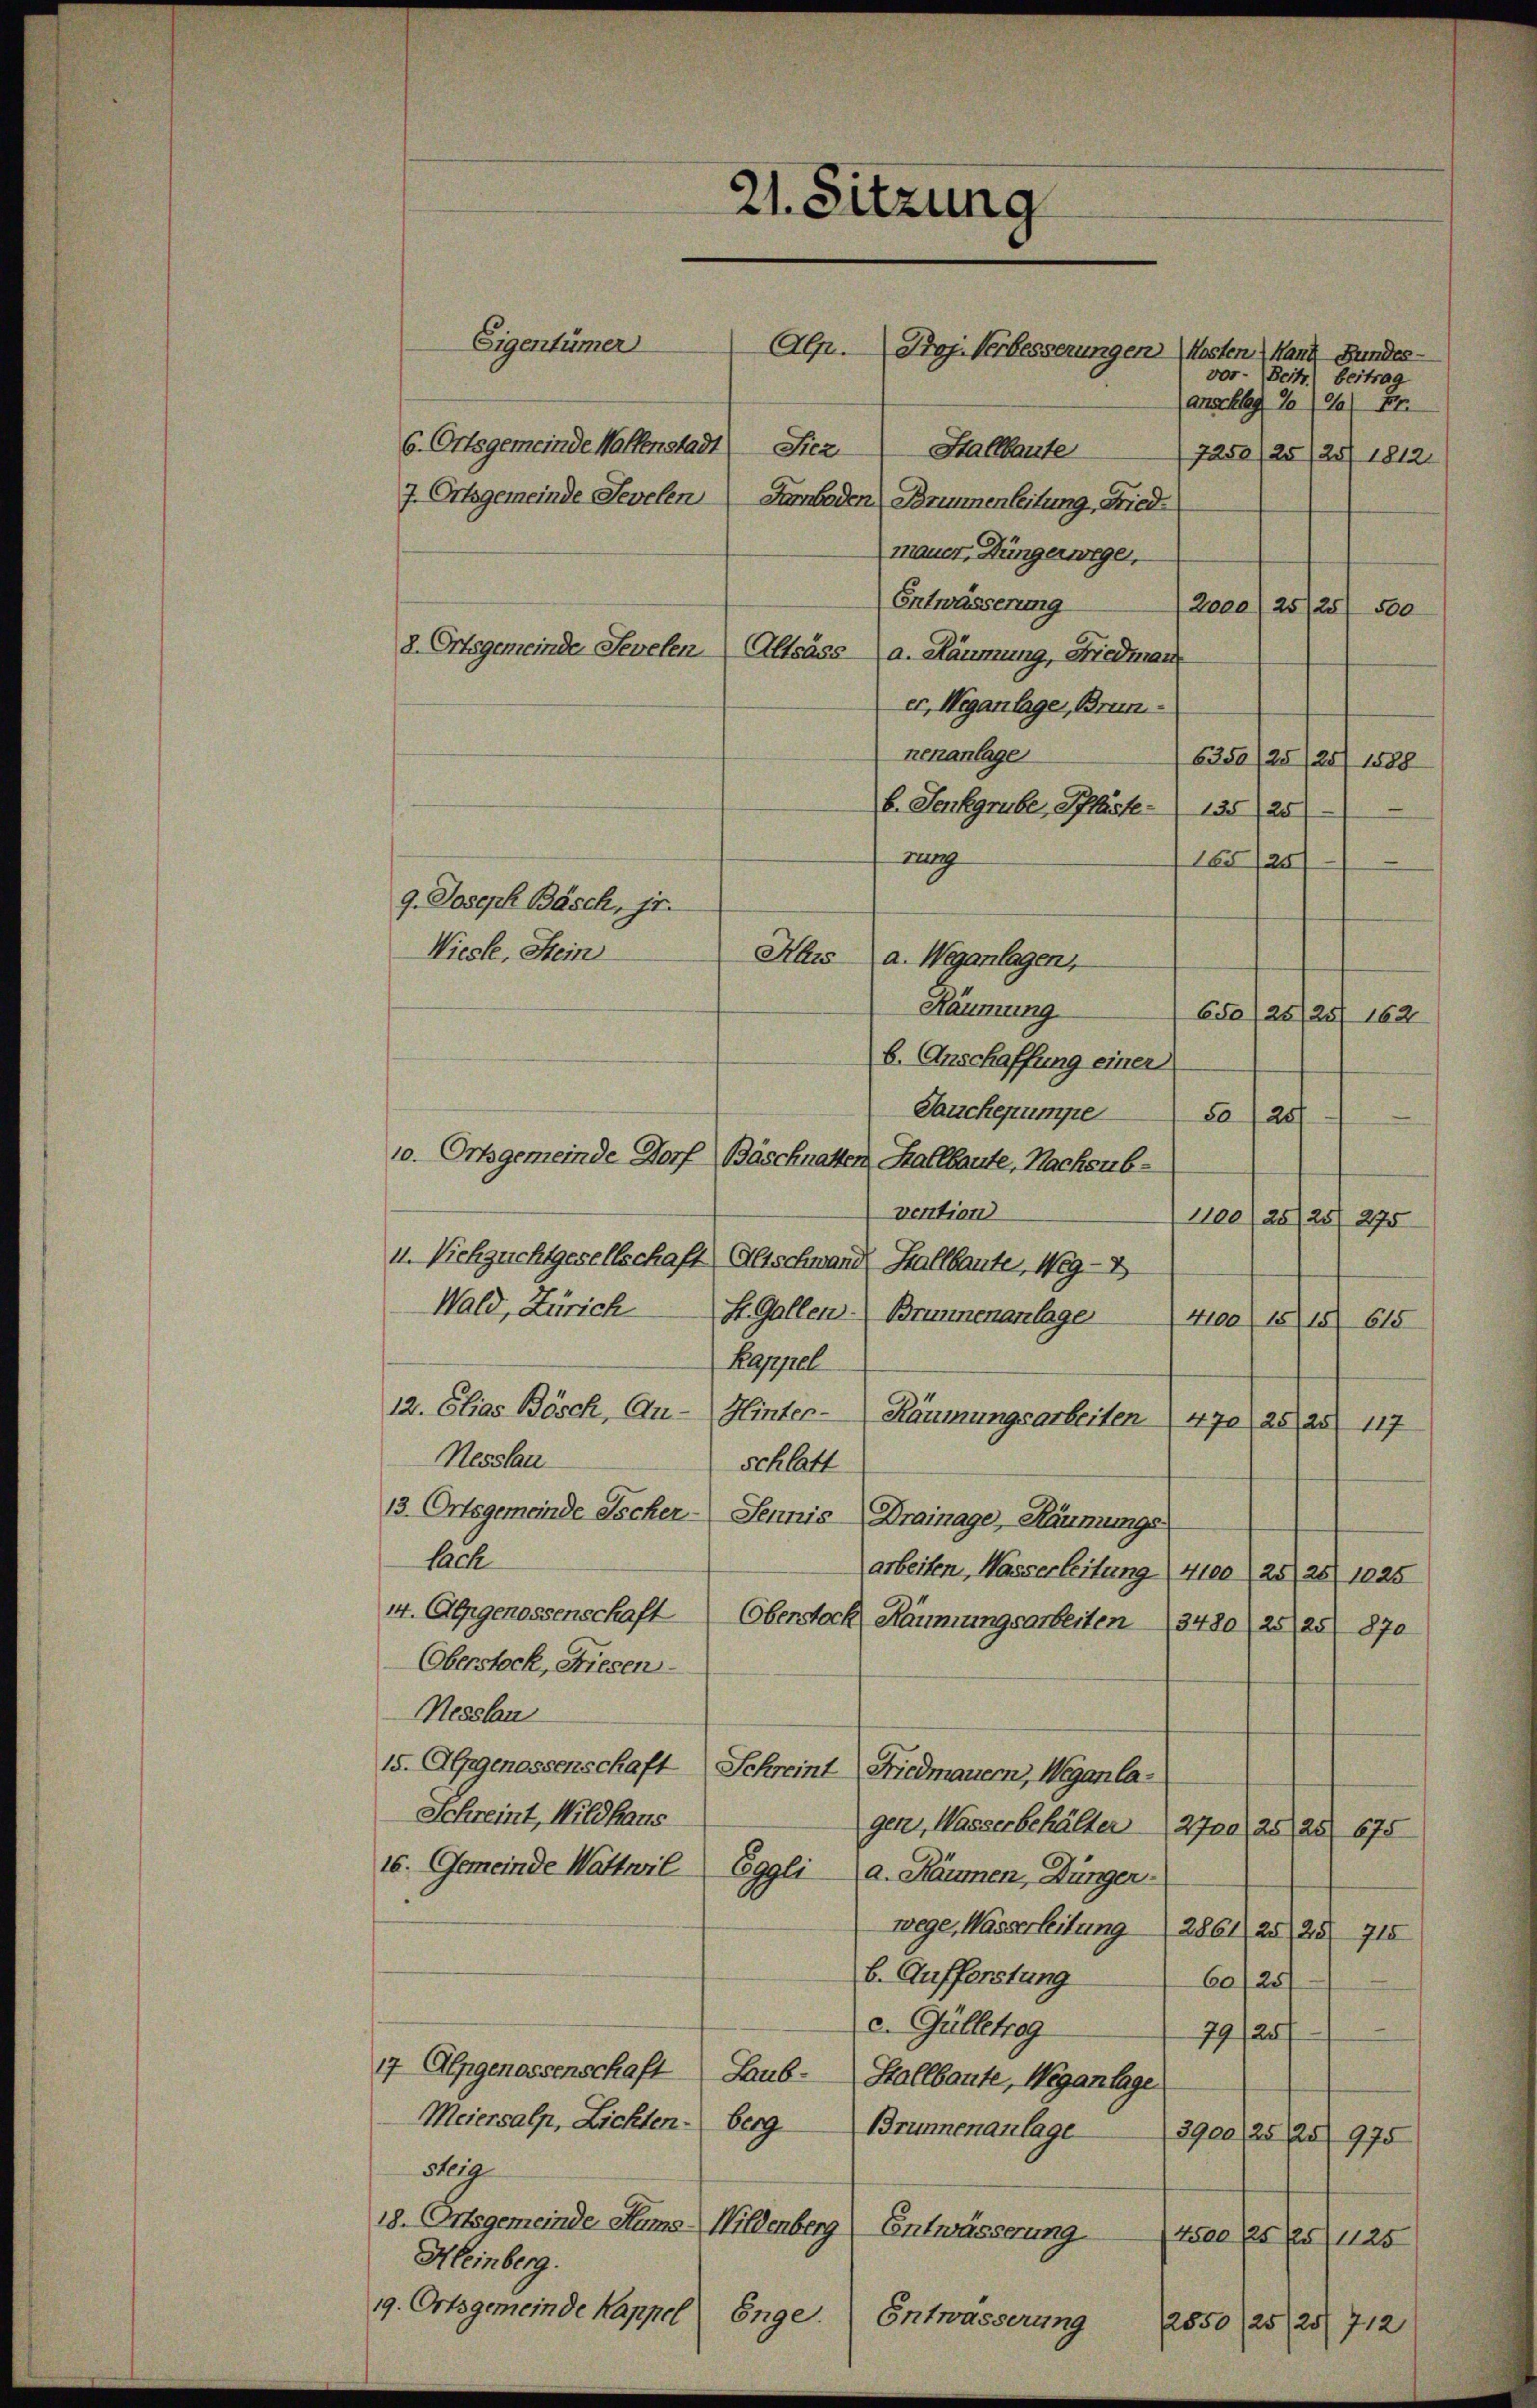
vor
Beit) beitrag
ancelle 10 (20) S.
7250 /25/23/ 1812.
Entwässerung
2000 (25/25/ 500.
2. Ortsgemeinde Sevelen Altsäss a. Räumung, Friedman
er, Weganlage, Brun
nenanlage
6350/25/25/ 1888
b. Senkgruber, Pfläste. 135 25
ng
f
g. Joseph Basch, jr.
Hhis a. Weganlagen,
Räumung
650 (25/25/ 162
b. Anschaffung einer
Tauchepumpe 25
10. Ortsgemeinde Dorf Bäschnatten Kallbaute, Nachsub-
vention
200 (20/20/ 275
i. Viehzuchtgesellschaft Altschwand Hallbaute, Weg-
Wald, Zürich St. Gallen Brunnenanlage 4100 1818. 615
Kappel
12. Elias Bösch, Au- Hinter- Räumungsarbeiten 470 25, 25. 117
Nesslau
schlatt
13. Ortsgemeinde Escher - Sennis Drainage, Häunungs
lach
arbeiten, Wasserleitung 4100, 25, 25 1025
14. Alpgenossenschaft Oberstock Räumungsarbeiten 3480 25, 25 870
Oberstock, Riesen.
Nesslau
15. AGrgenossenschaft Schreint Friedmauern, Weganla¬
Schreint, Wildhaus
gen, Wasserbehälter 2700. 25, 25 675
16. Gemeinde Wattwil Eggli a. Räumen, Dünger.
wege, Wasserleitung 2861, 25, 25 715
b. Aufferstung
60/25
c. Gülletrag
79/25/
17 Alpgenossenschaft Laub- Stallbaute, Weganlage
Meiersalp, Lichten. Berg Brunnenanlage 3900, 25 25 975
dig
18. Ortsgemeinde Hums Wildenberg) Entwässerung
Prefer fessus
Heinberg.
19. Ortsgemeinde Kappel Enge. Entwässerung 2850/25/25 712

Wiesle, Stein

21. Sitzung
Eigentümer
Alp. Prof. Verbesserungen Kosten Hand Bundes-
6. Ortsgemeinde Wolfenstadt) Siez Stallbaute
7. Ortsgemeinde Sevelen Farnbaden Parmenleitung, Friedmauer, Düngerwege